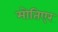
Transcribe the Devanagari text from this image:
मोतिएर